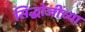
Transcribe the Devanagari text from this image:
सिद्धोजींच्या